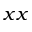
x x